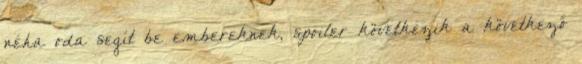
néha oda segít be embereknek, spoiler következik a következő